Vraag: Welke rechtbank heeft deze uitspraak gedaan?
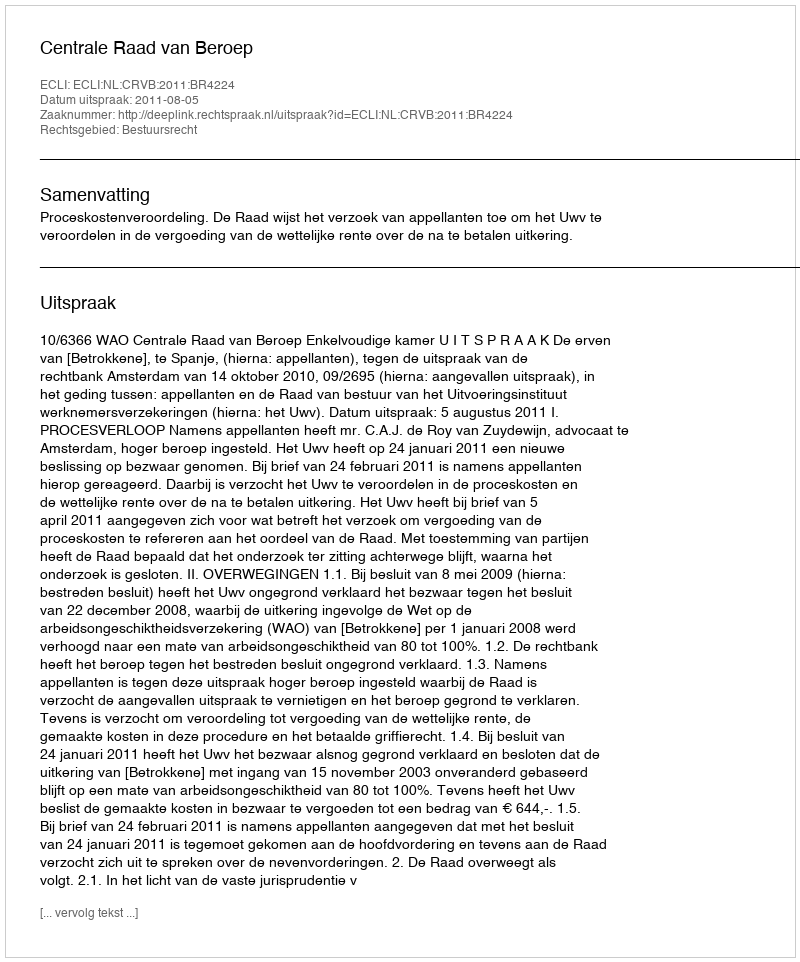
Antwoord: Centrale Raad van Beroep